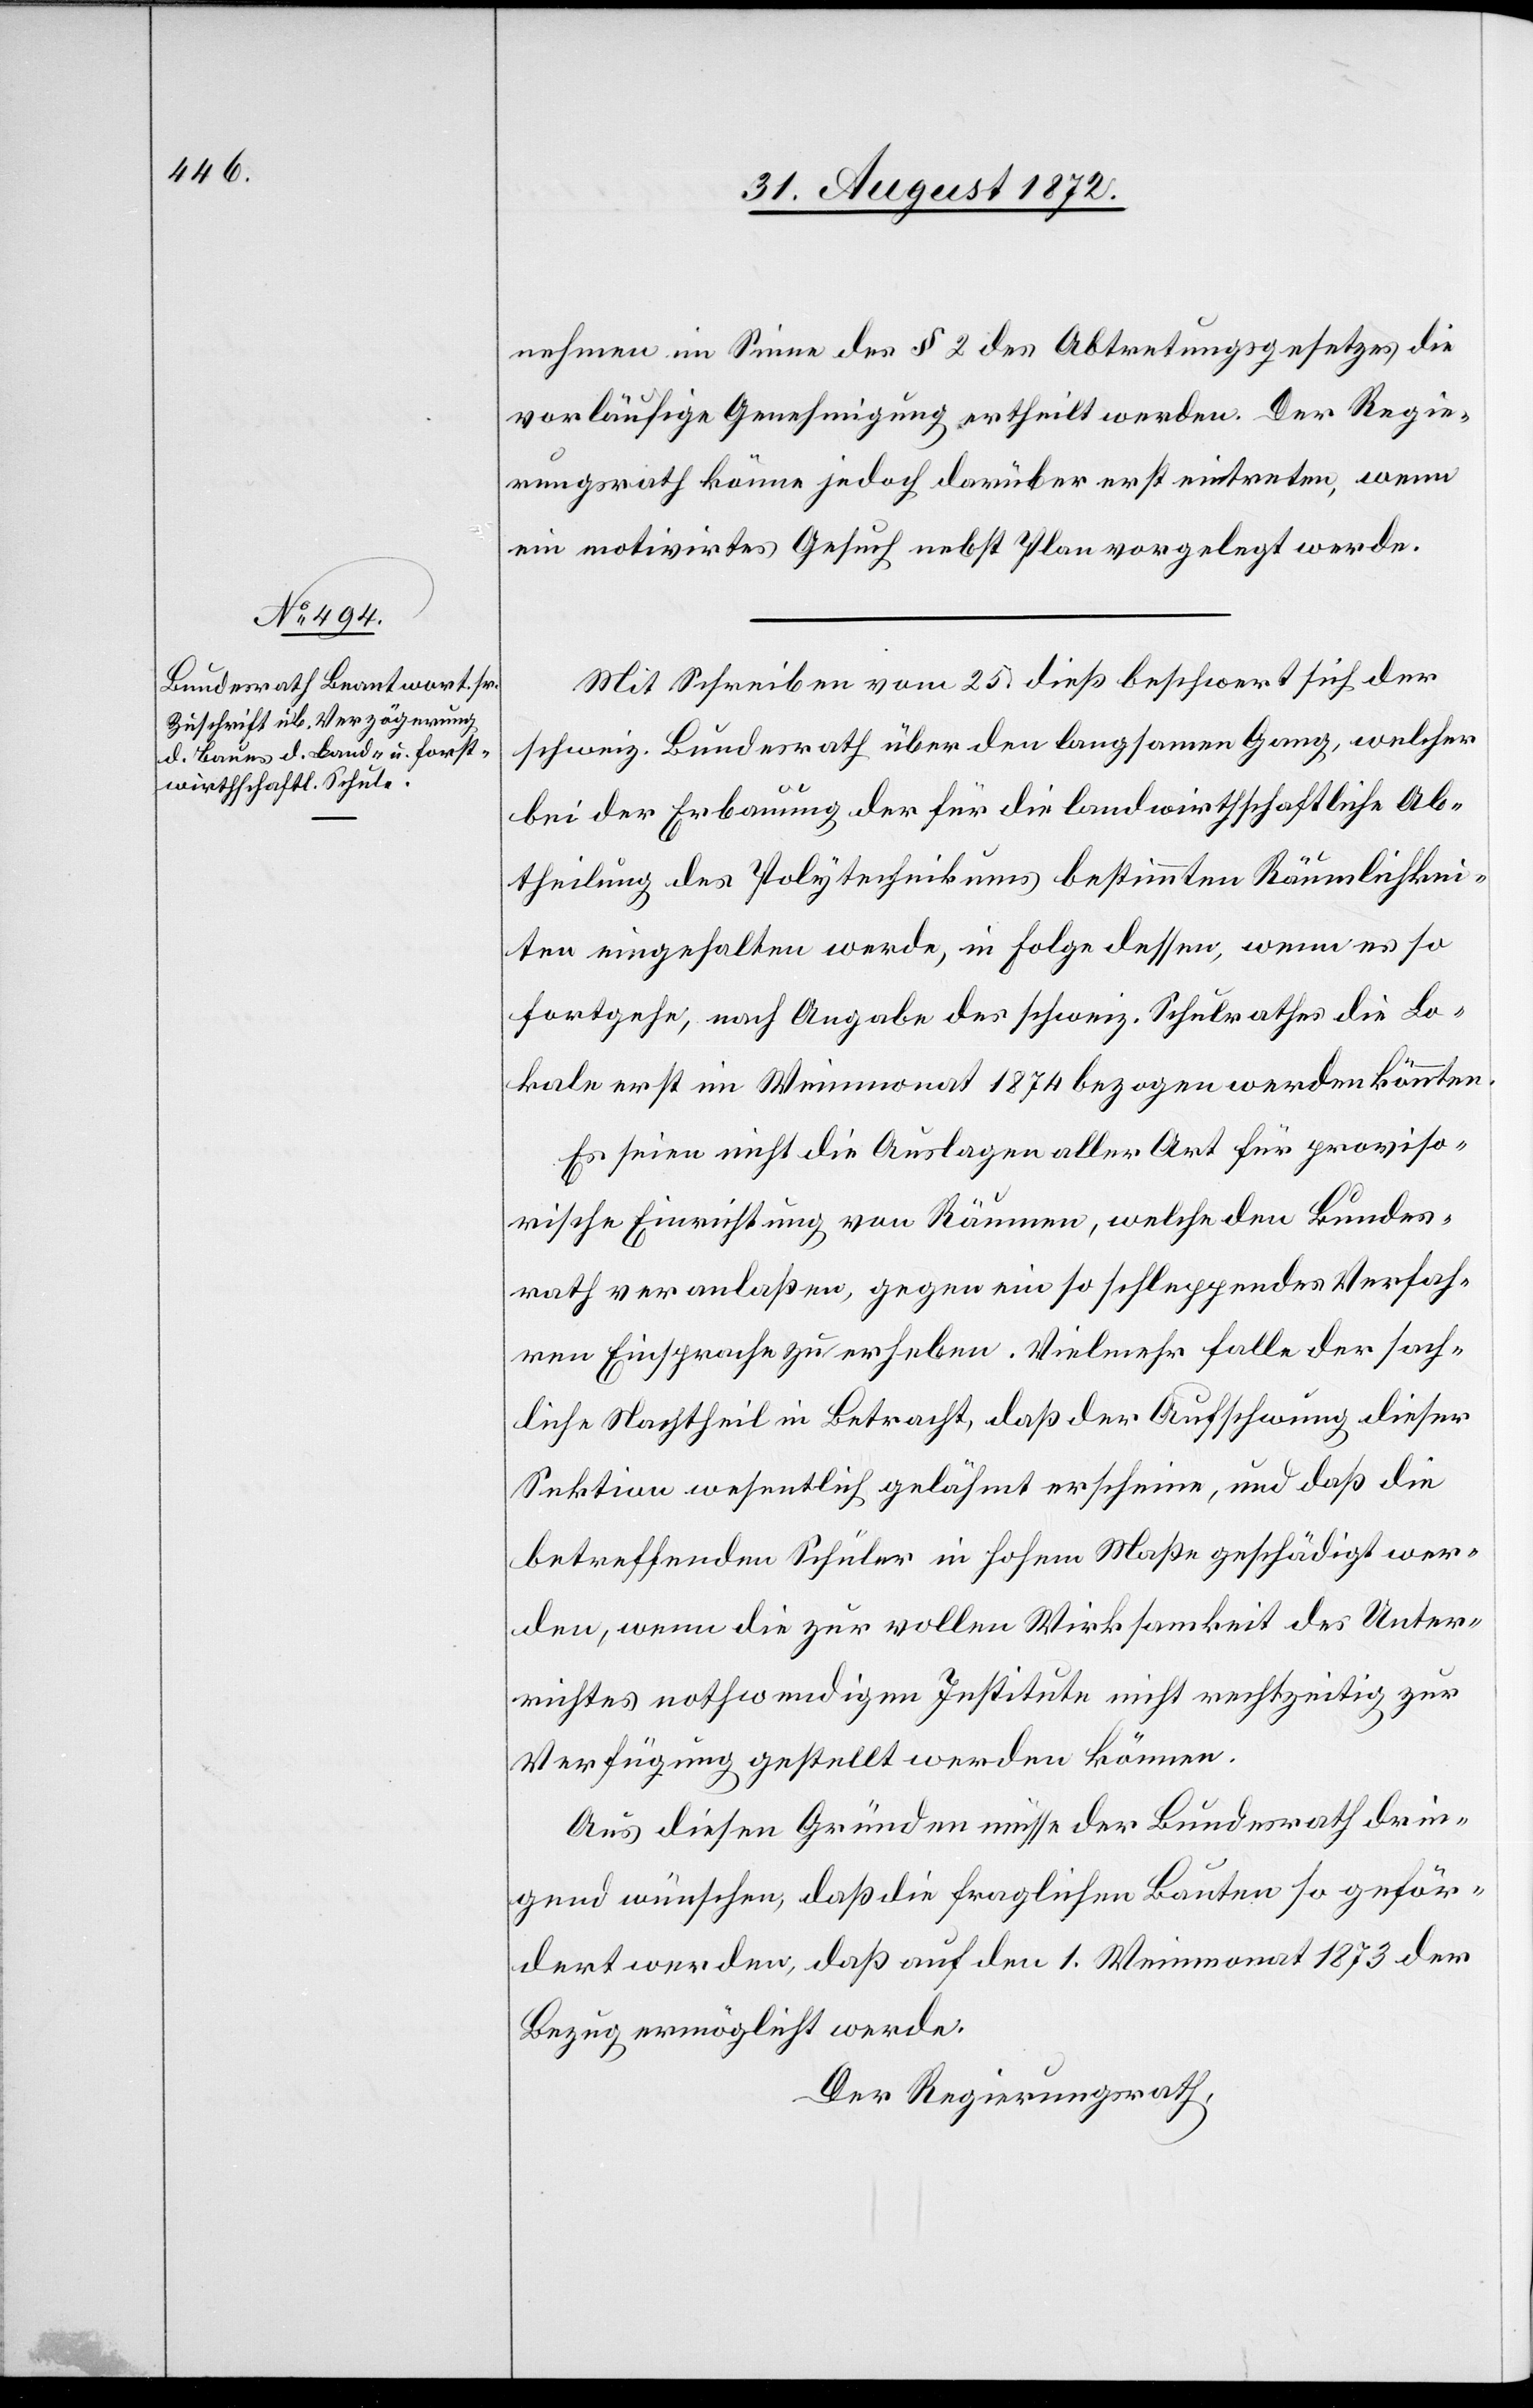
nehmen im Sinne des § 2 des Abtretungsgesetzes die
vorläufige Genehmigung ertheilt werden. Der Regie¬
rungsrath könne jedoch darüber erst eintreten, wenn
ein motivirtes Gesuch nebst Plan vorgelegt werde.
Mit Schreiben vom 25. dieß beschwert sich der
schweiz. Bundesrath über den langsamen Gang, welcher
bei der Erbauung der für die landwirthschaftliche Ab¬
theilung des Polytechnikums bestimmten Räumlichkei¬
ten eingehalten werde, in Folge dessen, wenn es so
fortgehe, nach Angabe des schweiz. Schulrathes die Lo¬
kale erst im Weinmonat 1874 bezogen werden könnten.
Es seien nicht die Auslagen aller Art für proviso¬
rische Einrichtung von Räumen, welche den Bundes¬
rath veranlaßen, gegen ein so schleppendes Verfah¬
ren Einsprache zu erheben. Vielmehr falle der sach¬
liche Nachtheil in Betracht, daß der Aufschwung dieser
Sektion wesentlich gelähmt erscheine, und daß die
betreffenden Schüler in hohem Maße geschädigt wer¬
den, wenn die zur vollen Wirksamkeit des Unter¬
richtes nothwendigen Institute nicht rechtzeitig zur
Verfügung gestellt werden können.
Aus diesen Gründen müsse der Bundesrath drin¬
gend wünschen, daß die fraglichen Bauten so geför¬
dert werden, daß auf den 1. Weinmonat 1873 der
Bezug ermöglicht werde.
Der Regierungsrath,